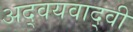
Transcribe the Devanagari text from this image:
अद्वयवाद्वी